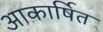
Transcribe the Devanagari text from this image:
आकार्षित